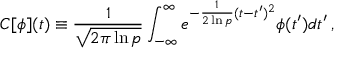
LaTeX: { \cal C } [ \phi ] ( t ) \equiv { \frac { 1 } { \sqrt { 2 \pi \ln p } } } \int _ { - \infty } ^ { \infty } { e ^ { - { \frac { 1 } { 2 \ln p } } ( t - t ^ { \prime } ) ^ { 2 } } \phi ( t ^ { \prime } ) d t ^ { \prime } } \, ,